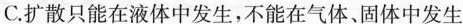
C.扩散只能在液体中发生，不能在气体、固体中发生